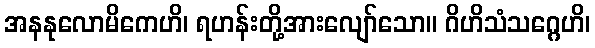
အနနုလောမိကေဟိ၊ ရဟန်းတို့အားလျော်သော။ ဂိဟိသံသဂ္ဂေဟိ၊